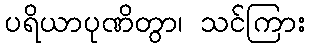
ပရိယာပုဏိတွာ၊ သင်ကြား